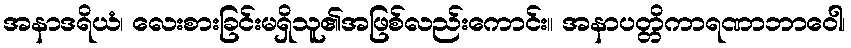
အနာဒရိယံ၊ လေးစားခြင်းမရှိသူ၏အဖြစ်လည်းကောင်း။ အနာပတ္တိကာရဏာဘာဝေါ၊